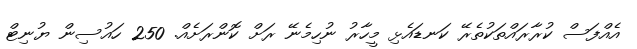
އެއްފަސް ކުުރާރައްތަކުތެރޭ ކަނޑައެޅި މީހާރު ނުހިމެނޭ ރަށް ކޮންރަށެއް. 250 ހައުސިން ޔުނިޓް